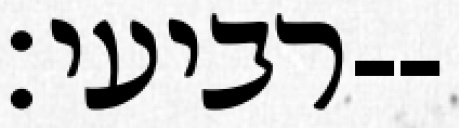
רביעי׃--